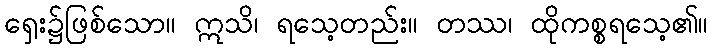
ရှေး၌ဖြစ်သော။ ဣသိ၊ ရသေ့တည်း။ တဿ၊ ထိုကစ္စရသေ့၏။